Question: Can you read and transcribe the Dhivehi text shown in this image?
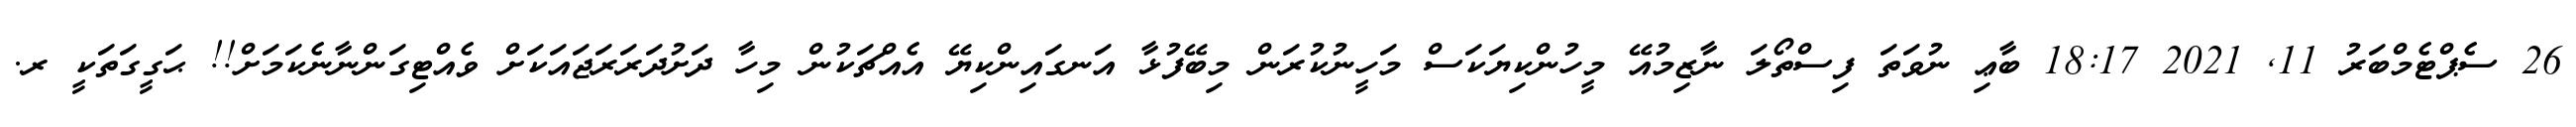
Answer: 26 ސެޕްޓެމްބަރު 11, 2021 18:17 ބާޢި ނުވަތަ ފިސްތޯލަ ނާޒިމުއޭ މީހުންކިޔަކަސް މަހީނުކުރަން މިބޭފުޅާ އަނގައިންކިޔޭ އެއްޗަކުން މިހާ ދަށުދަރަރަޖައަކަށް ވެއްޓިގަންނާނެކަމަށް!! ޙަގީގަތަކީ ރ.